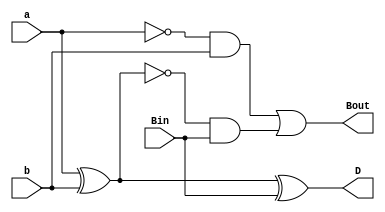
module full_subtractor(input a, b, Bin, output D, Bout);
  assign D = a ^ b ^ Bin;
  assign Bout = (~a & b) | (~(a ^ b) & Bin);
endmodule